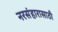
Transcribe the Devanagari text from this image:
नरसंहारासाठी